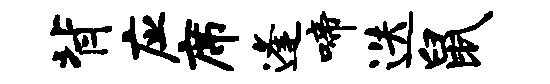
背应席逢啼迭鼠